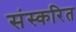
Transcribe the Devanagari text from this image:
संस्करित